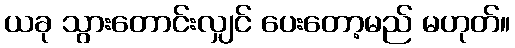
ယခု သွားတောင်းလျှင် ပေးတော့မည် မဟုတ်။